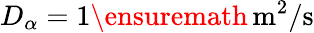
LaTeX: D_{\alpha}=1\ensuremath{\, \mathrm{m^{2}/s}}